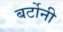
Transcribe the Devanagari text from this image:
बर्टोनी